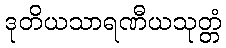
ဒုတိယသာရဏီယသုတ္တံ